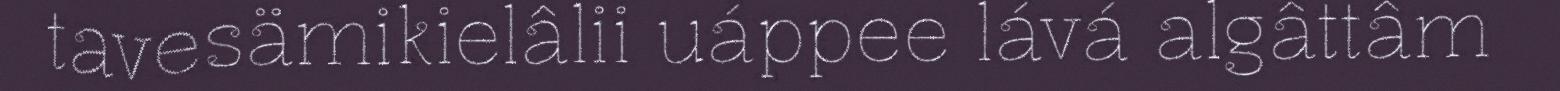
tavesämikielâlii uáppee lává algâttâm